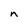
Character: n